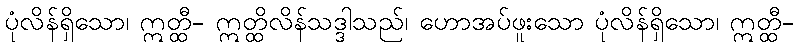
ပုံလိန်ရှိသော၊ ဣတ္ထီ- ဣတ္ထိလိန်သဒ္ဒါသည်၊ ဟောအပ်ဖူးသော ပုံလိန်ရှိသော၊ ဣတ္ထီ-